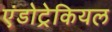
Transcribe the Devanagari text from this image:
एंडोट्रेकियल